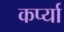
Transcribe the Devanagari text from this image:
कर्प्या